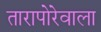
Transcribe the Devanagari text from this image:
तारापोरेवाला